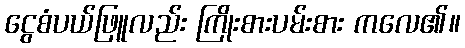
ငွေစံပယ်ဖြူလည်း ကြိုးစားပမ်းစား ကလေ၏။